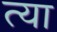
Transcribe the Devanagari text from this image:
त्या